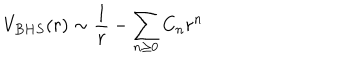
LaTeX: V _ { B H S } ( r ) \sim { \frac { 1 } { r } } - { \sum _ { n \ge 0 } C _ { n } r ^ { n } } \qquad